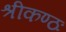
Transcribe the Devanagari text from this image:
श्रीकण्ठः